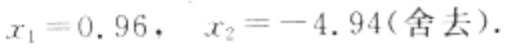
\(x_{1}=0.96,\ x_{2}=-4.94(\text{舍去})\)